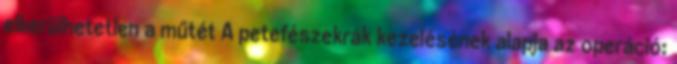
elkerülhetetlen a műtét A petefészekrák kezelésének alapja az operáció: